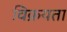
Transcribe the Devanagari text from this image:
विक्रयता